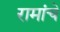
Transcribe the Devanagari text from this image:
रामांचे